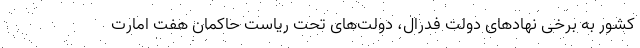
کشور به برخی نهاد‌های دولت فدرال، دولت‌های تحت ریاست حاکمان هفت امارت